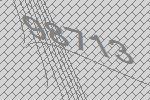
98713